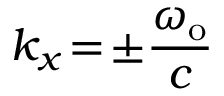
k _ { x } \! = \! \pm \frac { \omega _ { \mathrm { o } } } { c }